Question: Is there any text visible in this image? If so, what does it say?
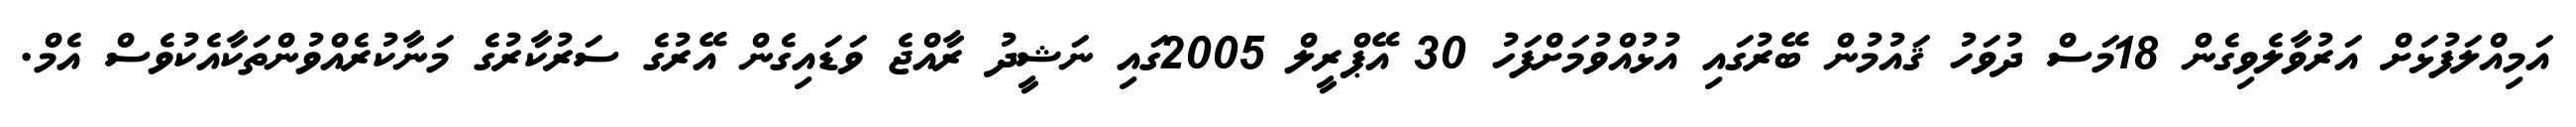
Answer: އަމިއްލަފުޅަށް އަރުވާލެވިގެން 18މަސް ދުވަހު ޤައުމުން ބޭރުގައި އުޅުއްވުމަށްފަހު 30 އޭޕްރީލް 2005ގައި ނަޝީދު ރާއްޖެ ވަޑައިގެން އޭރުގެ ސަރުކާރުގެ މަނާކުރެއްވުންތަކާއެކުވެސް އެމް.